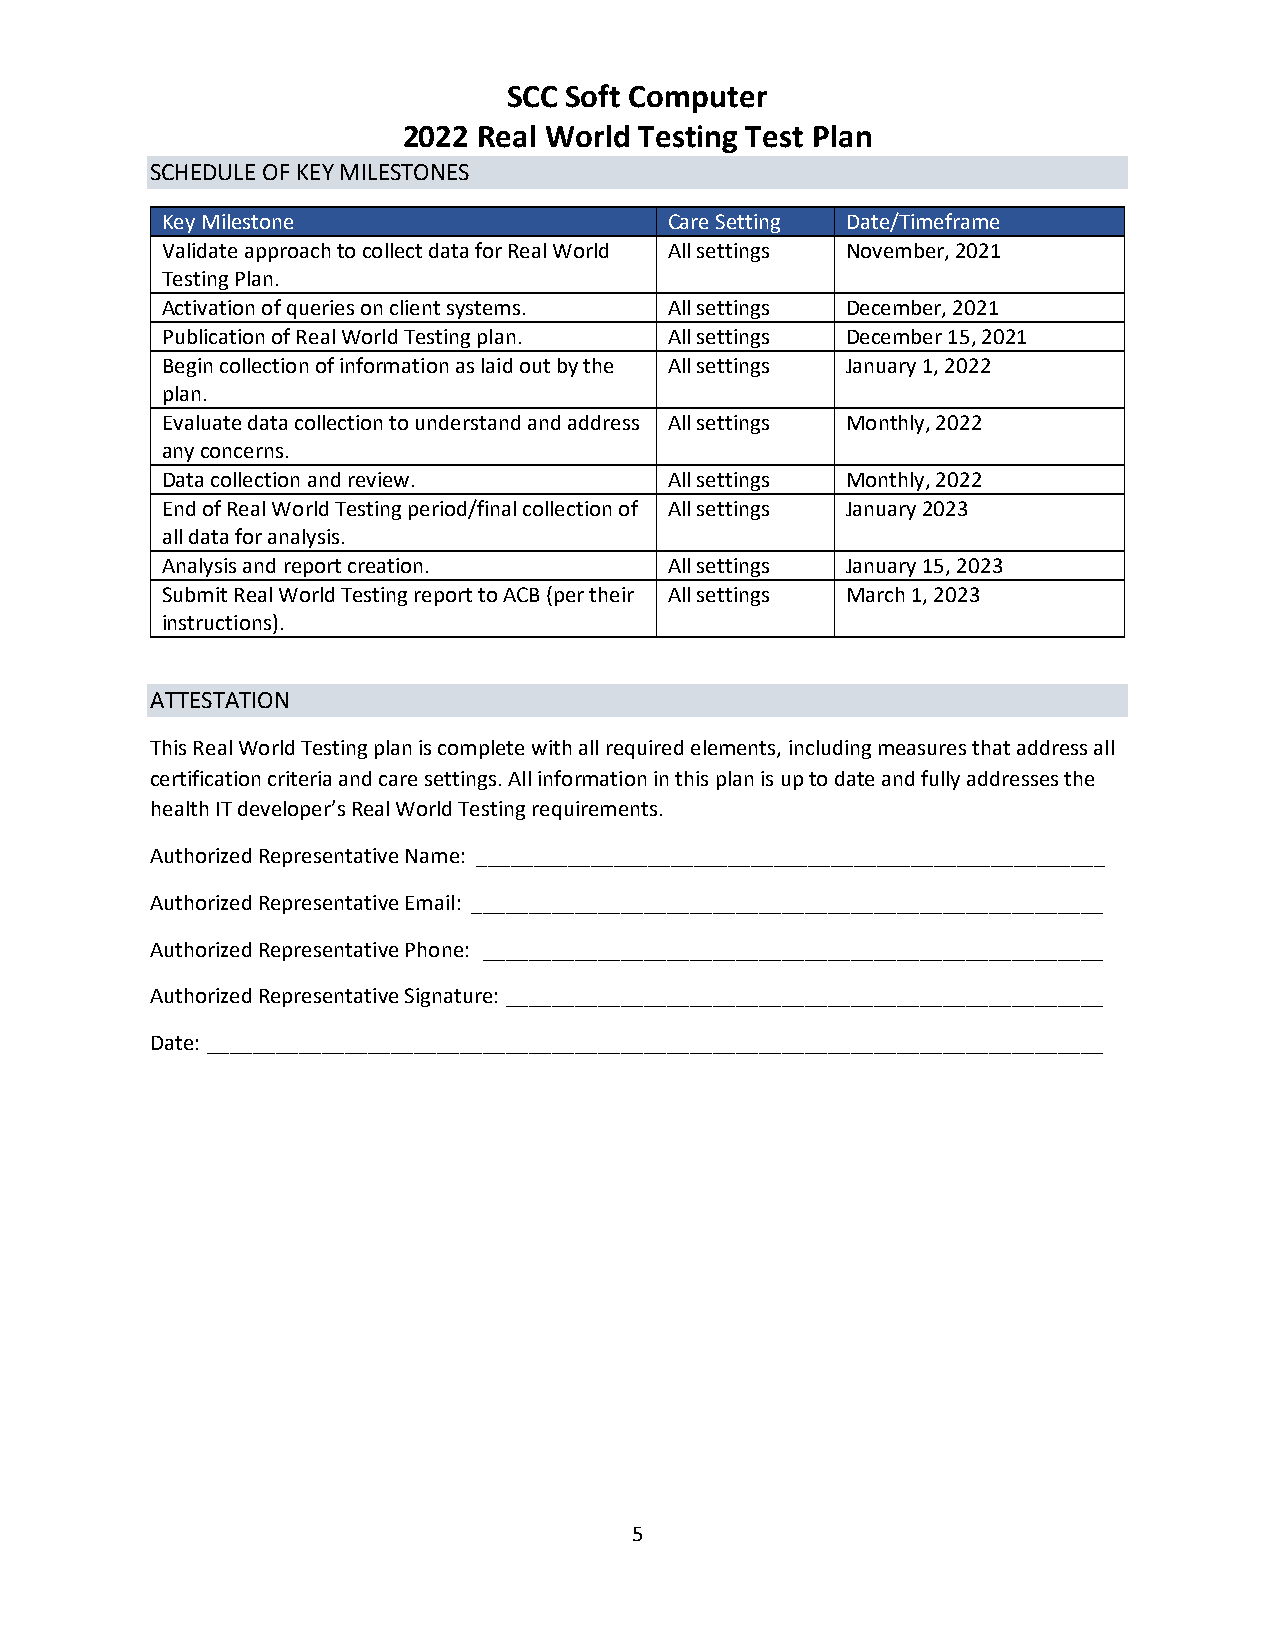
SCC Soft Computer
 2022 Real World Testing Test Plan
 SCHEDULE OF KEY MILESTONES
 Key Milestone                    Care Setting Date/Timeframe
 Validate approach to collect data for Real World All settings November, 2021
 Testing Plan.
 Activation of queries on client systems. All settings December, 2021
 Publication of Real World Testing plan. All settings December 15, 2021
 Begin collection of information as laid out by the All settings January 1, 2022
 plan.
 Evaluate data collection to understand and address All settings Monthly, 2022
 any concerns.
 Data collection and review.      All settings Monthly, 2022
 End of Real World Testing period/final collection of All settings January 2023
 all data for analysis.
 Analysis and report creation.    All settings January 15, 2023
 Submit Real World Testing report to ACB (per their All settings March 1, 2023
 instructions).
 ATTESTATION
 This Real World Testing plan is complete with all required elements, including measures that address all
 certification criteria and care settings. All information in this plan is up to date and fully addresses the
 health IT developer’s Real World Testing requirements.
 Authorized Representative Name: _______________________________________________________
 Authorized Representative Email: _______________________________________________________
 Authorized Representative Phone: ______________________________________________________
 Authorized Representative Signature: ____________________________________________________
 Date: ______________________________________________________________________________
 5